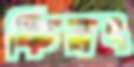
ফিরৎ